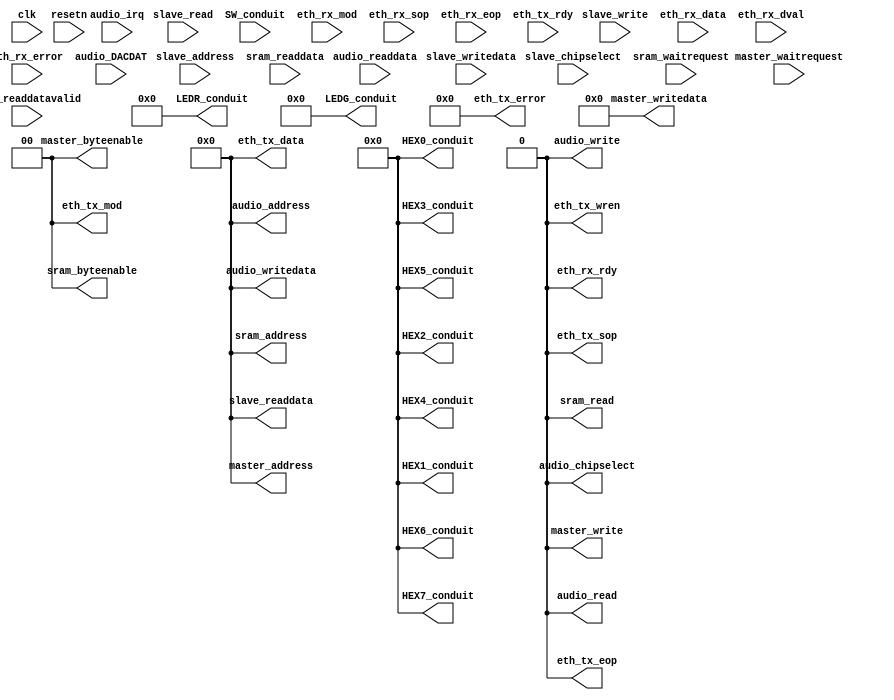
// VideoConferencing_DMA.v

// This file was auto-generated as a prototype implementation of a module
// created in component editor.  It ties off all outputs to ground and
// ignores all inputs.  It needs to be edited to make it do something
// useful.
// 
// This file will not be automatically regenerated.  You should check it in
// to your version control system if you want to keep it.

`timescale 1 ps / 1 ps
module VideoConferencing_DMA #(
		parameter AUTO_CLOCK_SINK_CLOCK_RATE = "-1"
	) (
		input  wire        slave_chipselect,   //            avalon_slave.chipselect
		input  wire [31:0] slave_writedata,    //                        .writedata
		output wire [31:0] slave_readdata,     //                        .readdata
		input  wire        slave_read,         //                        .read
		input  wire [7:0]  slave_address,      //                        .address
		input  wire        slave_write,        //                        .write
		input  wire        master_waitrequest, //           avalon_master.waitrequest
		output wire [31:0] master_address,     //                        .address
		output wire        master_write,       //                        .write
		output wire [1:0]  master_byteenable,  //                        .byteenable
		output wire [15:0] master_writedata,   //                        .writedata
		output wire [17:0] LEDR_conduit,       //             conduit_end.export
		output wire [7:0]  LEDG_conduit,       //                        .export
		output wire [6:0]  HEX0_conduit,       //                        .export
		output wire [6:0]  HEX1_conduit,       //                        .export
		output wire [6:0]  HEX2_conduit,       //                        .export
		output wire [6:0]  HEX3_conduit,       //                        .export
		output wire [6:0]  HEX4_conduit,       //                        .export
		output wire [6:0]  HEX5_conduit,       //                        .export
		output wire [6:0]  HEX6_conduit,       //                        .export
		output wire [6:0]  HEX7_conduit,       //                        .export
		input  wire [17:0] SW_conduit,         //                        .export
		input  wire        clk,                //              clock_sink.clk
		input  wire [1:0]  eth_rx_mod,         //   avalon_streaming_sink.channel
		input  wire [31:0] eth_rx_data,        //                        .data
		input  wire        eth_rx_sop,         //                        .startofpacket
		input  wire [5:0]  eth_rx_error,       //                        .error
		input  wire        eth_rx_dval,        //                        .valid
		output wire        eth_rx_rdy,         //                        .ready
		input  wire        eth_rx_eop,         //                        .endofpacket
		output wire [5:0]  eth_tx_error,       // avalon_streaming_source.error
		input  wire        eth_tx_rdy,         //                        .ready
		output wire [31:0] eth_tx_data,        //                        .data
		output wire [1:0]  eth_tx_mod,         //                        .channel
		output wire        eth_tx_wren,        //                        .valid
		output wire        eth_tx_sop,         //                        .startofpacket
		output wire        eth_tx_eop,         //                        .endofpacket
		input  wire        resetn,             //              reset_sink.reset_n
		output wire        audio_read,         //         avalon_master_1.read
		output wire        audio_write,        //                        .write
		output wire [31:0] audio_address,      //                        .address
		output wire        audio_chipselect,   //                        .chipselect
		output wire [31:0] audio_writedata,    //                        .writedata
		input  wire        audio_irq,          //                        .readdatavalid
		input  wire [31:0] audio_readdata,     //                        .readdata
		input  wire        audio_DACDAT,       //                        .waitrequest
		output wire [31:0] sram_address,       //         avalon_master_2.address
		output wire [1:0]  sram_byteenable,    //                        .byteenable
		output wire        sram_read,          //                        .read
		input  wire [15:0] sram_readdata,      //                        .readdata
		input  wire        sram_readdatavalid, //                        .readdatavalid
		input  wire        sram_waitrequest    //                        .waitrequest
	);

	// TODO: Auto-generated HDL template

	assign slave_readdata = 32'b00000000000000000000000000000000;

	assign master_writedata = 16'b0000000000000000;

	assign master_address = 32'b00000000000000000000000000000000;

	assign master_write = 1'b0;

	assign master_byteenable = 2'b00;

	assign LEDG_conduit = 8'b00000000;

	assign HEX6_conduit = 7'b0000000;

	assign HEX5_conduit = 7'b0000000;

	assign HEX7_conduit = 7'b0000000;

	assign HEX2_conduit = 7'b0000000;

	assign LEDR_conduit = 18'b000000000000000000;

	assign HEX0_conduit = 7'b0000000;

	assign HEX1_conduit = 7'b0000000;

	assign HEX4_conduit = 7'b0000000;

	assign HEX3_conduit = 7'b0000000;

	assign eth_rx_rdy = 1'b0;

	assign eth_tx_eop = 1'b0;

	assign eth_tx_wren = 1'b0;

	assign eth_tx_sop = 1'b0;

	assign eth_tx_error = 6'b000000;

	assign eth_tx_data = 32'b00000000000000000000000000000000;

	assign eth_tx_mod = 2'b00;

	assign audio_writedata = 32'b00000000000000000000000000000000;

	assign audio_address = 32'b00000000000000000000000000000000;

	assign audio_chipselect = 1'b0;

	assign audio_write = 1'b0;

	assign audio_read = 1'b0;

	assign sram_address = 32'b00000000000000000000000000000000;

	assign sram_read = 1'b0;

	assign sram_byteenable = 2'b00;

endmodule